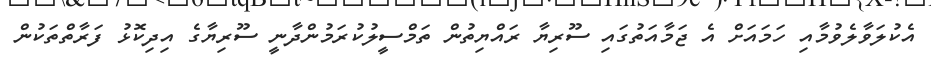
އެކުލަވާލެވުމާއި ހަމައަށް އެ ޖަމާއަތުގައި ސޫރިޔާ ރައްޔިތުން ތަމްސީލުކުރަމުންދާނީ ސޫރިޔާގެ އިދިކޮޅު ފަރާތްތަކުން